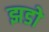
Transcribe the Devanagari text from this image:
झडो